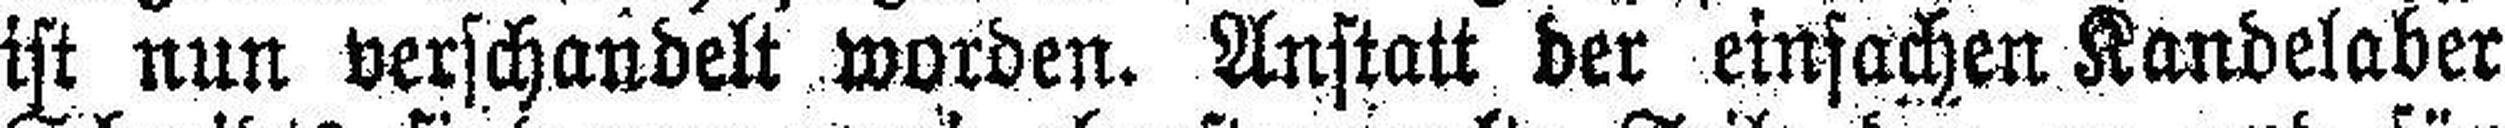
ist nun verschandelt worden. Anstatt der einfachen Kandelaber